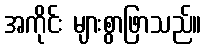
အကိုင်း များစွာဖြာသည်။